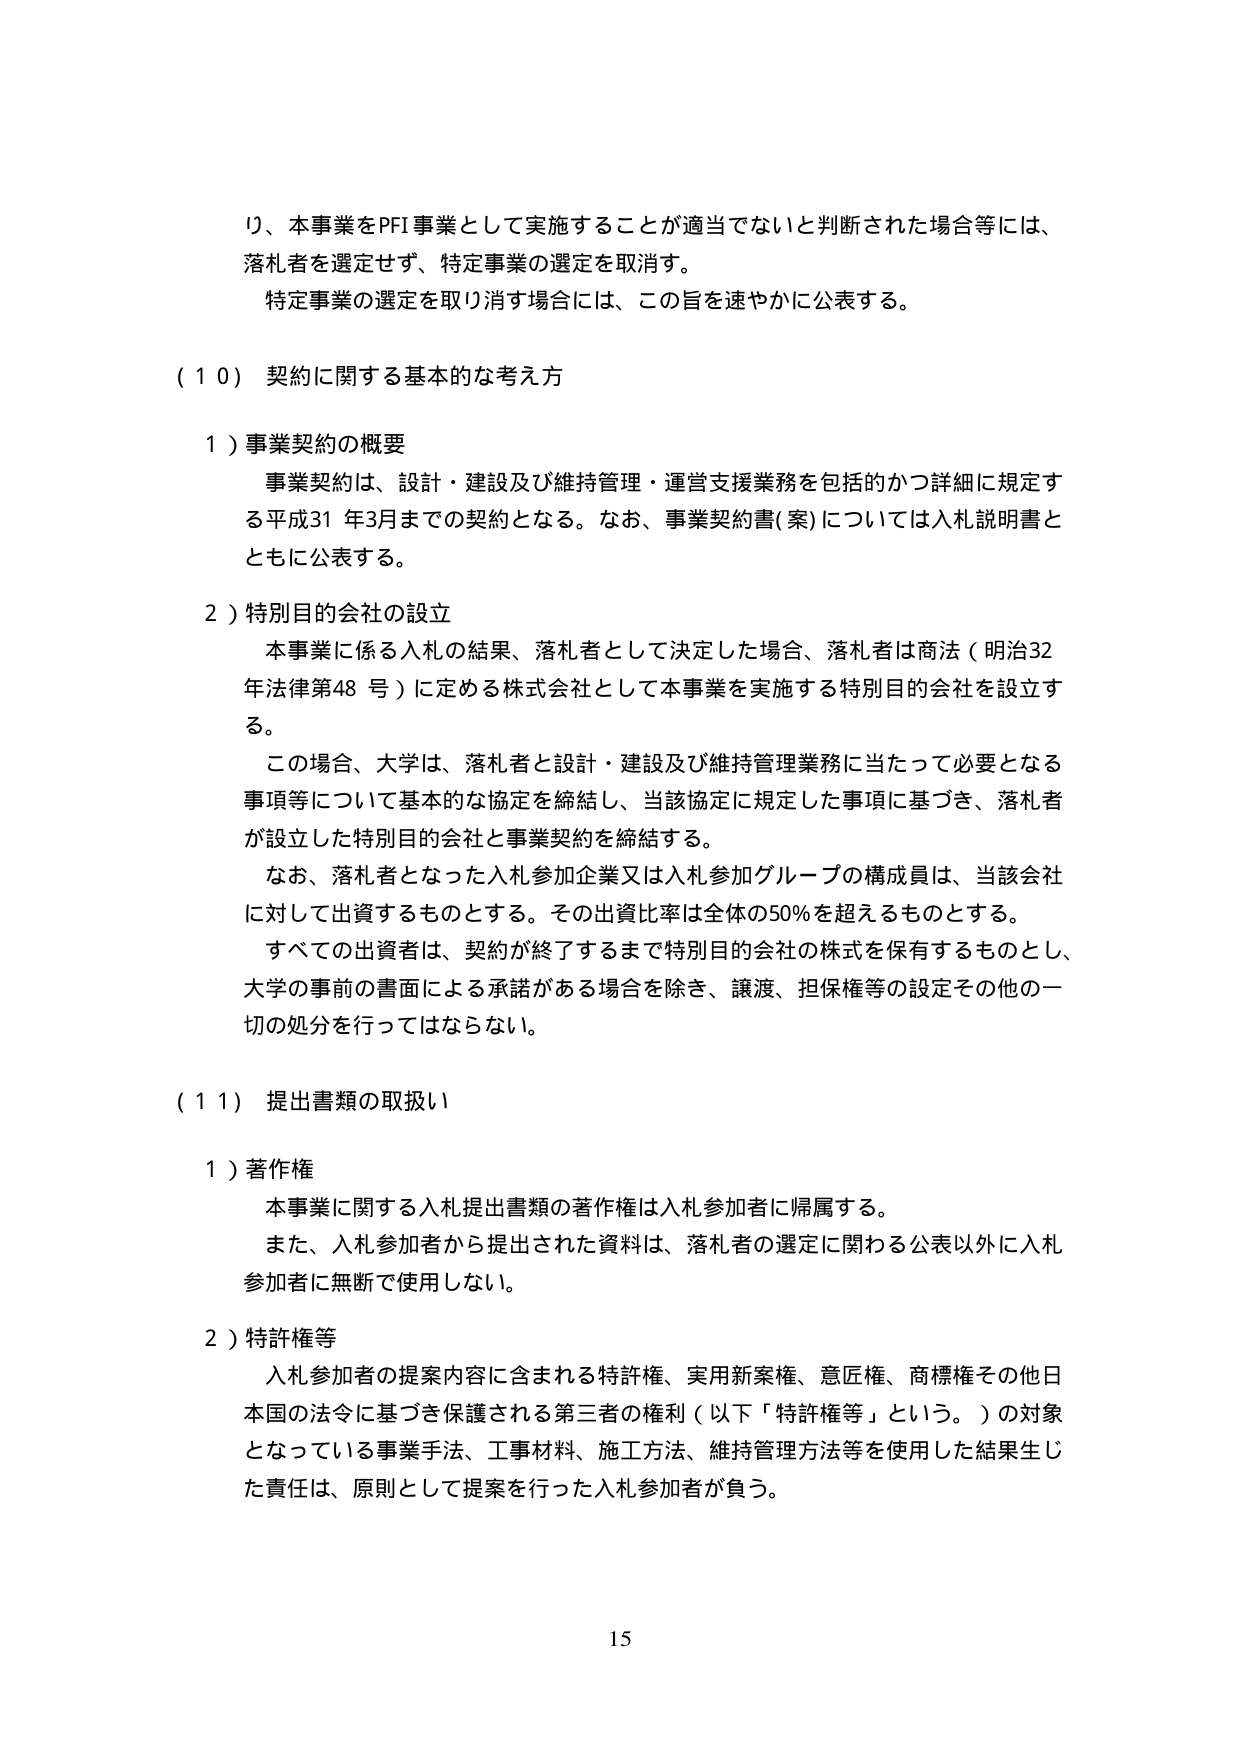
り、本事業をPFI事業として実施することが適当でないと判断された場合等には、
落札者を選定せず、特定事業の選定を取消す。
特定事業の選定を取り消す場合には、この旨を速やかに公表する。

（１０）契約に関する基本的な考え方

１）事業契約の概要
事業契約は、設計・建設及び維持管理・運営支援業務を包括的かつ詳細に規定する平成31年3月までの契約となる。なお、事業契約書（案）については入札説明書とともに公表する。

２）特別目的会社の設立
本事業に係る入札の結果、落札者として決定した場合、落札者は商法（明治32年法律第48号）に定める株式会社として本事業を実施する特別目的会社を設立する。
この場合、大学は、落札者と設計・建設及び維持管理業務に当たって必要となる事項等について基本的な協定を締結し、当該協定に規定した事項に基づき、落札者が設立した特別目的会社と事業契約を締結する。
なお、落札者となった入札参加企業又は入札参加グループの構成員は、当該会社に対して出資するものとする。その出資比率は全体の50％を超えるものとする。
すべての出資者は、契約が終了するまで特別目的会社の株式を保有するものとし、大学の事前の書面による承諾がある場合を除き、譲渡、担保権等の設定その他一切の処分を行ってはならない。

（１１）提出書類の取扱い

１）著作権
本事業に関する入札提出書類の著作権は入札参加者に帰属する。
また、入札参加者から提出された資料は、落札者の選定に関わる公表以外に入札参加者に無断で使用しない。

２）特許権等
入札参加者の提案内容に含まれる特許権、実用新案権、意匠権、商標権その他日本国の法令に基づき保護される第三者の権利（以下「特許権等」という。）の対象となっている事業手法、工事材料、施工方法、維持管理方法等を使用した結果生じた責任は、原則として提案を行った入札参加者が負う。

15